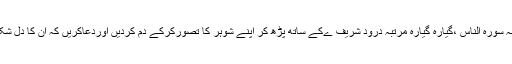
رات سونے سے پہلے اکیس مرتبہ سورہ الحجرات (49) کی آیت 12اوراکیس مرتبہ سورہ الناس ،گیارہ گیارہ مرتبہ درود شریف ےکے ساتھ پڑھ کر اپنے شوہر کا تصورکرکے دم کردیں اوردعاکریں کہ ان کا دل شک اوروسوسوں سے پاک ہوجائے اور ان کے دل میں بھروسہ و اعتماد قائم ہوجائے۔